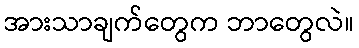
အားသာချက်တွေက ဘာတွေလဲ။